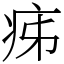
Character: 㾅